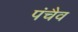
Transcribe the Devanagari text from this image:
पंचैव